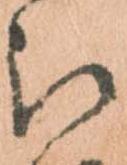
被